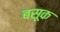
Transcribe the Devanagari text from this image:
बसूक